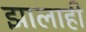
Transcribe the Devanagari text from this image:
झालाही